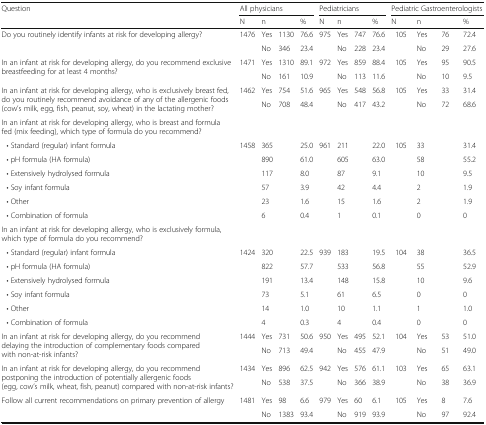
<table><thead><tr><td rowspan="2"><b>Question</b></td><td colspan="4"><b>All physicians</b></td><td colspan="4"><b>Pediatricians</b></td><td colspan="4"><b>Pediatric Gastroenterologists</b></td></tr><tr><td><b>N</b></td><td colspan="2"><b>n</b></td><td><b>%</b></td><td><b>N</b></td><td colspan="2"><b>n</b></td><td><b>%</b></td><td><b>N</b></td><td colspan="2"><b>n</b></td><td><b>%</b></td></tr></thead><tbody><tr><td rowspan="2">Do you routinely identify infants at risk for developing allergy?</td><td rowspan="2">1476</td><td>Yes</td><td>1130</td><td>76.6</td><td rowspan="2">975</td><td>Yes</td><td>747</td><td>76.6</td><td rowspan="2">105</td><td>Yes</td><td>76</td><td>72.4</td></tr><tr><td>No</td><td>346</td><td>23.4</td><td>No</td><td>228</td><td>23.4</td><td>No</td><td>29</td><td>27.6</td></tr><tr><td rowspan="2">In an infant at risk for developing allergy, do you recommend exclusive breastfeeding for at least 4 months?</td><td rowspan="2">1471</td><td>Yes</td><td>1310</td><td>89.1</td><td rowspan="2">972</td><td>Yes</td><td>859</td><td>88.4</td><td rowspan="2">105</td><td>Yes</td><td>95</td><td>90.5</td></tr><tr><td>No</td><td>161</td><td>10.9</td><td>No</td><td>113</td><td>11.6</td><td>No</td><td>10</td><td>9.5</td></tr><tr><td rowspan="2">In an infant at risk for developing allergy, who is exclusively breast fed, do you routinely recommend avoidance of any of the allergenic foods (cow’s milk, egg, fish, peanut, soy, wheat) in the lactating mother?</td><td rowspan="2">1462</td><td>Yes</td><td>754</td><td>51.6</td><td rowspan="2">965</td><td>Yes</td><td>548</td><td>56.8</td><td rowspan="2">105</td><td>Yes</td><td>33</td><td>31.4</td></tr><tr><td>No</td><td>708</td><td>48.4</td><td>No</td><td>417</td><td>43.2</td><td>No</td><td>72</td><td>68.6</td></tr><tr><td>In an infant at risk for developing allergy, who is breast and formula fed (mix feeding), which type of formula do you recommend?</td><td colspan="4"></td><td colspan="4"></td><td colspan="4"></td></tr><tr><td> • Standard (regular) infant formula</td><td rowspan="6">1458</td><td colspan="2">365</td><td>25.0</td><td rowspan="6">961</td><td colspan="2">211</td><td>22.0</td><td rowspan="6">105</td><td colspan="2">33</td><td>31.4</td></tr><tr><td> • pH formula (HA formula)</td><td colspan="2">890</td><td>61.0</td><td colspan="2">605</td><td>63.0</td><td colspan="2">58</td><td>55.2</td></tr><tr><td> • Extensively hydrolysed formula</td><td colspan="2">117</td><td>8.0</td><td colspan="2">87</td><td>9.1</td><td colspan="2">10</td><td>9.5</td></tr><tr><td> • Soy infant formula</td><td colspan="2">57</td><td>3.9</td><td colspan="2">42</td><td>4.4</td><td colspan="2">2</td><td>1.9</td></tr><tr><td> • Other</td><td colspan="2">23</td><td>1.6</td><td colspan="2">15</td><td>1.6</td><td colspan="2">2</td><td>1.9</td></tr><tr><td> • Combination of formula</td><td colspan="2">6</td><td>0.4</td><td colspan="2">1</td><td>0.1</td><td colspan="2">0</td><td>0</td></tr><tr><td>In an infant at risk for developing allergy, who is exclusively formula, which type of formula do you recommend?</td><td colspan="4"></td><td colspan="4"></td><td colspan="4"></td></tr><tr><td> • Standard (regular) infant formula</td><td rowspan="6">1424</td><td colspan="2">320</td><td>22.5</td><td rowspan="6">939</td><td colspan="2">183</td><td>19.5</td><td rowspan="6">104</td><td colspan="2">38</td><td>36.5</td></tr><tr><td> • pH formula (HA formula)</td><td colspan="2">822</td><td>57.7</td><td colspan="2">533</td><td>56.8</td><td colspan="2">55</td><td>52.9</td></tr><tr><td> • Extensively hydrolysed formula</td><td colspan="2">191</td><td>13.4</td><td colspan="2">148</td><td>15.8</td><td colspan="2">10</td><td>9.6</td></tr><tr><td> • Soy infant formula</td><td colspan="2">73</td><td>5.1</td><td colspan="2">61</td><td>6.5</td><td colspan="2">0</td><td>0</td></tr><tr><td> • Other</td><td colspan="2">14</td><td>1.0</td><td colspan="2">10</td><td>1.1</td><td colspan="2">1</td><td>1.0</td></tr><tr><td> • Combination of formula</td><td colspan="2">4</td><td>0.3</td><td colspan="2">4</td><td>0.4</td><td colspan="2">0</td><td>0</td></tr><tr><td rowspan="2">In an infant at risk for developing allergy, do you recommend delaying the introduction of complementary foods compared with non-at-risk infants?</td><td rowspan="2">1444</td><td>Yes</td><td>731</td><td>50.6</td><td rowspan="2">950</td><td>Yes</td><td>495</td><td>52.1</td><td rowspan="2">104</td><td>Yes</td><td>53</td><td>51.0</td></tr><tr><td>No</td><td>713</td><td>49.4</td><td>No</td><td>455</td><td>47.9</td><td>No</td><td>51</td><td>49.0</td></tr><tr><td rowspan="2">In an infant at risk for developing allergy, do you recommend postponing the introduction of potentially allergenic foods (egg, cow’s milk, wheat, fish, peanut) compared with non-at-risk infants?</td><td rowspan="2">1434</td><td>Yes</td><td>896</td><td>62.5</td><td rowspan="2">942</td><td>Yes</td><td>576</td><td>61.1</td><td rowspan="2">103</td><td>Yes</td><td>65</td><td>63.1</td></tr><tr><td>No</td><td>538</td><td>37.5</td><td>No</td><td>366</td><td>38.9</td><td>No</td><td>38</td><td>36.9</td></tr><tr><td rowspan="2">Follow all current recommendations on primary prevention of allergy</td><td rowspan="2">1481</td><td>Yes</td><td>98</td><td>6.6</td><td rowspan="2">979</td><td>Yes</td><td>60</td><td>6.1</td><td rowspan="2">105</td><td>Yes</td><td>8</td><td>7.6</td></tr><tr><td>No</td><td>1383</td><td>93.4</td><td>No</td><td>919</td><td>93.9</td><td>No</td><td>97</td><td>92.4</td></tr></tbody></table>